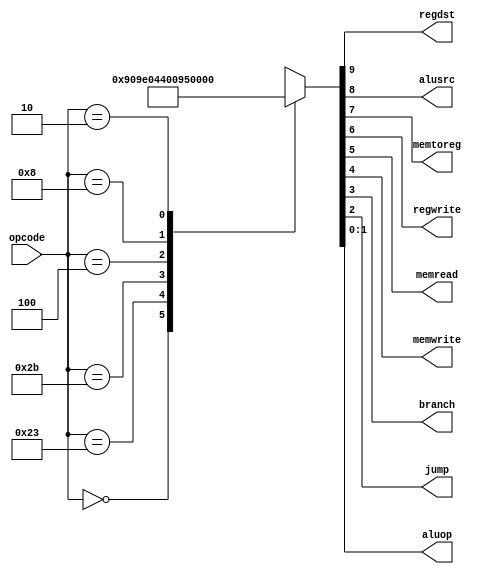
module maindec (input [5:0] opcode,
		output regdst, //senal para escribir en memoria como sw
		output alusrc, //para escribir el register file
		output memtoreg, //senal para decidir si tomar los campos 20-16 o 15-11 de la instruccion para write register 
		output regwrite, //senal para escoger read data 2 o el vector de bits que fue transformado de un 16 bits a 32 bits gracias a sign extended
		output memread, //senal para escoger entre el valor leido de la memoria (1,ej: lw) o el valor resultado de la alu (0, r-inst)
		output memwrite,
		output branch,
		output jump,
		output [1:0] aluop);

reg [9:0] controls;

//acomodamos las senales de acuerdo a la tabla de la figura 4.18 del libro
//de john hennesy 
assign {regdst,alusrc,memtoreg,regwrite,memread,memwrite,branch,jump,aluop} = controls;

always @(*)
	case(opcode)
	    6'b000000: controls <= 10'b1001000010; //r-type instruction
	    6'b100011: controls <= 10'b0111100000; //load inst
	    6'b101011: controls <= 10'b0100010000; //sw inst
	    6'b000100: controls <= 10'b0000001001; //branch inst
	    6'b001000: controls <= 10'b0101000000; //addi inst
	    6'b000010: controls <= 10'b0000000100; //j inst
	    default: controls <= 10'bxxxxxxxxxx;  //no existe otro op para este subconjunto de instrucciones de mips
	endcase
endmodule